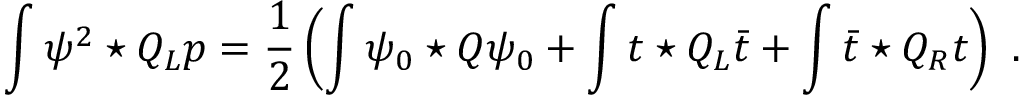
\int \psi ^ { 2 } \star Q _ { L } p = \frac { 1 } { 2 } \left( \int \psi _ { 0 } \star Q \psi _ { 0 } + \int t \star Q _ { L } \bar { t } + \int \bar { t } \star Q _ { R } t \right) \, \, .